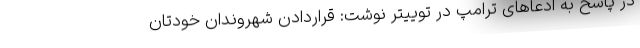
در پاسخ به ادعاهای ترامپ در توییتر نوشت: قراردادن شهروندان خودتان